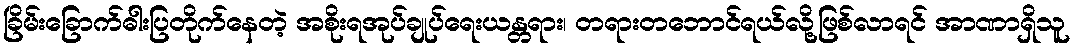
ခြိမ်းခြောက်ဓါးပြတိုက်နေတဲ့ အစိုးရအုပ်ချုပ်ရေးယန္တရား၊ တရားတဘောင်ရယ်လို့ဖြစ်လာရင် အာဏာရှိသူ